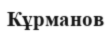
Кұрманов